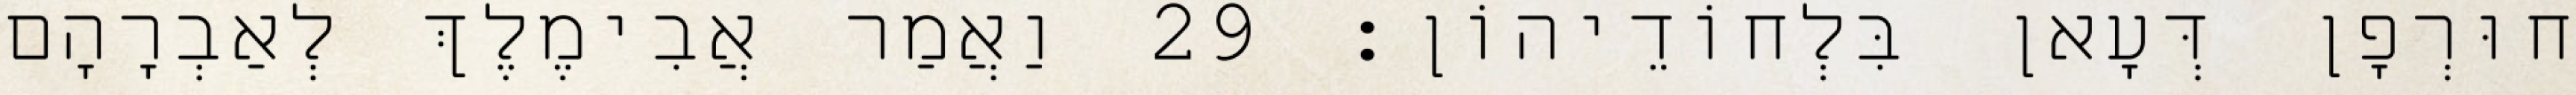
חוּרְפָן דְּעָאן בִּלְחוֹדֵיהוֹן׃ 29 וַאֲמַר אֲבִימֶלֶךְ לְאַבְרָהָם